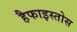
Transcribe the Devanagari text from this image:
हैफाइस्तोस